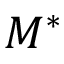
M ^ { * }